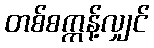
တစ်စက္ကန့်လျှင်